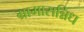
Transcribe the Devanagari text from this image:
ग्रामासन्निध